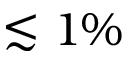
\lesssim 1 \%